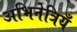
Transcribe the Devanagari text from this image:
अभिनेत्रियँ